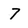
Character: 7